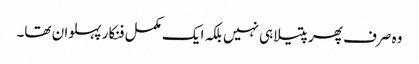
وہ صرف پھرپتیلا ہی نہیں بلکہ ایک مکمل فنکار پہلوان تھا۔